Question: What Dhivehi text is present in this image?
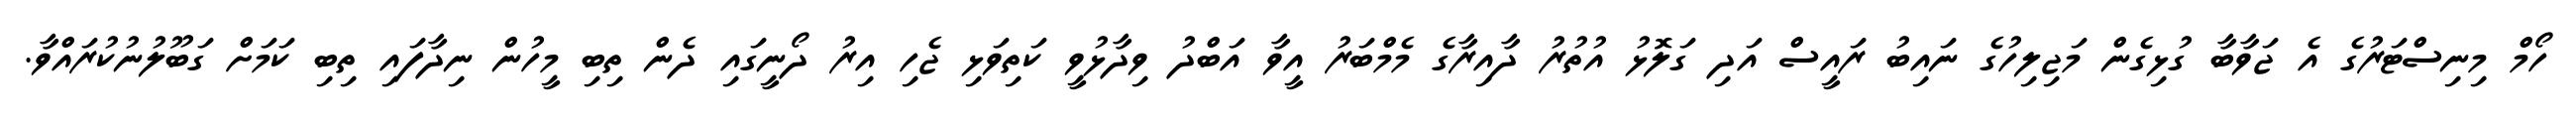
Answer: ހޯމް މިނިސްޓަރުގެ އެ ޖަވާބާ ގުޅިގެން މަޖިލިހުގެ ނައިބު ރައީސް އަދި ގަލޮޅު އުތުރު ދާއިރާގެ މެމްބަރު އީވާ އަބްދު ވިދާޅުވީ ކަތިވަޅި ޖެހި އިރު ދޯނީގައި ދެން ތިބި މީހުން ނިދާފައި ތިބި ކަމަށް ގަބޫލުނުކުރައްވާ.